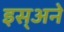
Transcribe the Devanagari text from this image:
इस्अने